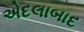
એદલાબાદ